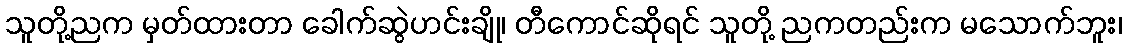
သူတို့ညက မှတ်ထားတာ ခေါက်ဆွဲဟင်းချို၊ တီကောင်ဆိုရင် သူတို့ ညကတည်းက မသောက်ဘူး၊